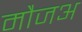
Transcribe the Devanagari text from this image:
मौजअ